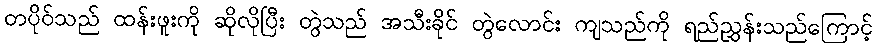
တပိုဝ်သည် ထန်းဖူးကို ဆိုလိုပြီး တွဲသည် အသီးခိုင် တွဲလောင်း ကျသည်ကို ရည်ညွှန်းသည်ကြောင့်